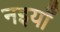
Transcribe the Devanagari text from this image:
नइयाँ